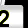
Digit: 2